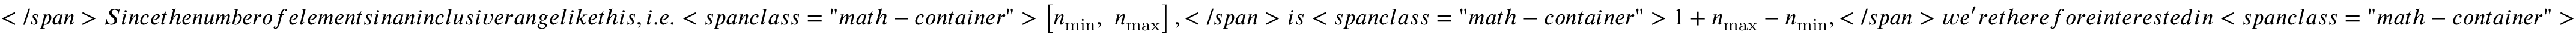
< / s p a n > S i n c e t h e n u m b e r o f e l e m e n t s i n a n i n c l u s i v e r a n g e l i k e t h i s , i . e . < s p a n c l a s s = " m a t h - c o n t a i n e r " > \left[ n _ { \mathrm { m i n } } , ~ n _ { \mathrm { m a x } } \right] , < / s p a n > i s < s p a n c l a s s = " m a t h - c o n t a i n e r " > 1 + n _ { \mathrm { m a x } } - n _ { \mathrm { m i n } } , < / s p a n > w e ^ { \prime } r e t h e r e f o r e i n t e r e s t e d i n < s p a n c l a s s = " m a t h - c o n t a i n e r " >